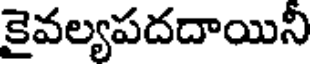
కైవల్యపదదాయినీ